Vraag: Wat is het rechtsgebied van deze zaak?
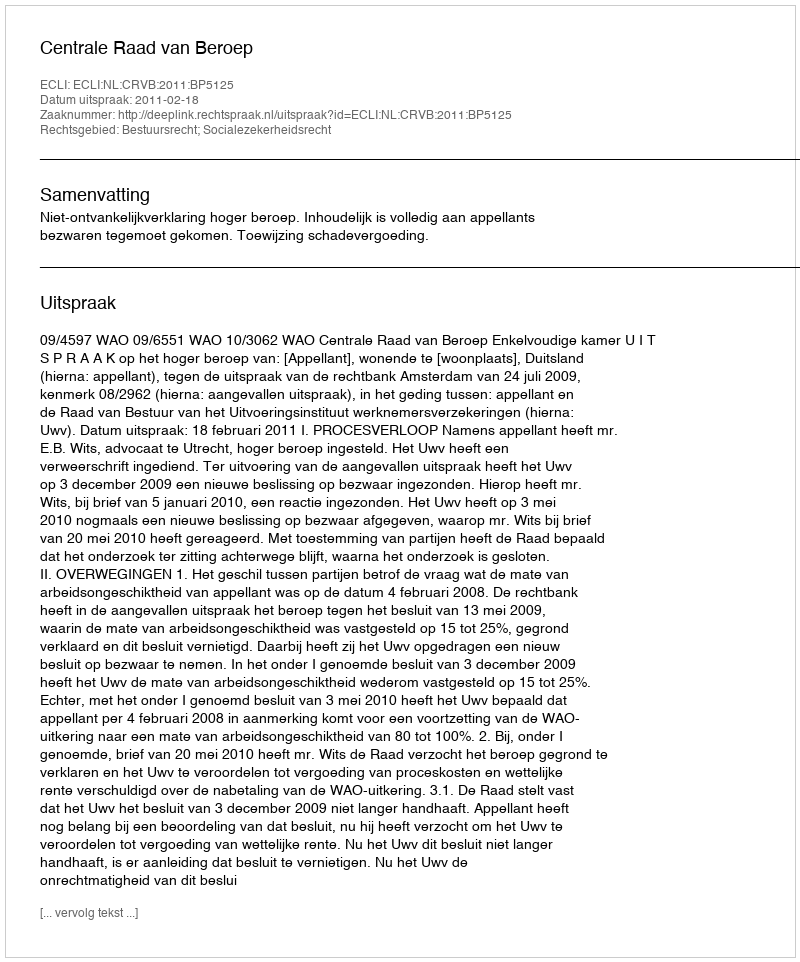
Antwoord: Bestuursrecht; Socialezekerheidsrecht